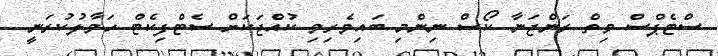
ސްޓެޕްސް ވިތް ރަންޖަނާ ކޯސް ނިންމި ބައިވެރިވި ކުއްޖަކަށް ސެޓްފިކެޓް ހަވާލުކުރަނީ